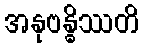
အနုဗန္ဓိဿတိ